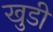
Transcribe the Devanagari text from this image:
खुडी